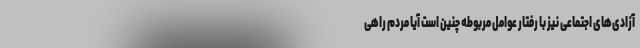
آزادی‌های اجتماعی نیز با رفتار عوامل مربوطه چنین است آیا مردم راهی